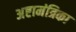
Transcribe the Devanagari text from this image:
अष्टामंत्रिका